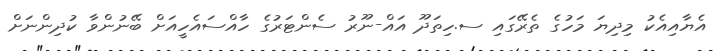
އެޔާއިއެކު މިދިޔަ މަހުގެ ތެރޭގައި ސ.ހިތަދޫ އައް-ނޫރު ސެންޓަރުގެ ހާއްސައެހީއަށް ބޭނުންވާ ކުދިންނަށް